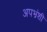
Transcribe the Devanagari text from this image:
अपभ्रंशी